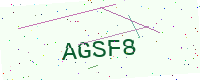
Text: AGSF8